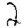
Digit: 2